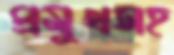
প্রমুখসহ